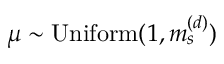
\mu \sim \mathrm { U n i f o r m } ( 1 , m _ { s } ^ { ( d ) } )